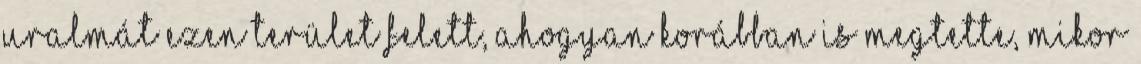
uralmát ezen terület felett, ahogyan korábban is megtette, mikor